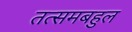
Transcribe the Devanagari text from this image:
तत्समबहुल